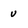
Character: v